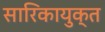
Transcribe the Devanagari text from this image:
सारिकायुक्त